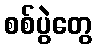
စစ်ပွဲတွေ